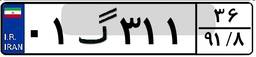
۰۱گ۳۱۱۳۶